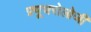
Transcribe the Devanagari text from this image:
फ़्यूचरोलोजी